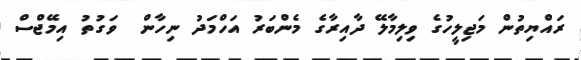
ރައްޔިތުން މަޖިލީހުގެ ވިލިމާލޭ ދާއިރާގެ މެންބަރު އަހްމަދު ނިހާން  ވަގުތު އިމޭޖްސް